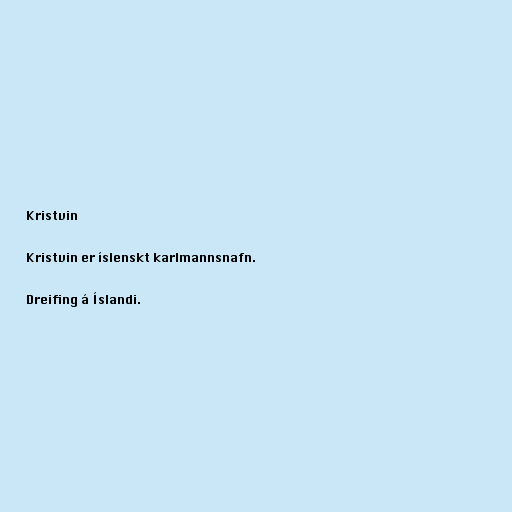
Kristvin

Kristvin er íslenskt karlmannsnafn.

Dreifing á Íslandi.